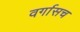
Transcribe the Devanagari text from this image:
वर्गासच